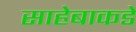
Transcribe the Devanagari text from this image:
साहेबाकडे